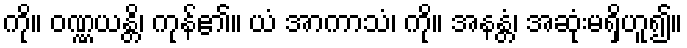
ကို။ ဝဏ္ဏယန္တိ၊ ကုန်၏။ ယံ အာကာသံ၊ ကို။ အနန္တံ၊ အဆုံးမရှိဟူ၍။